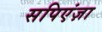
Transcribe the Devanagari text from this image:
सपिएंज़ा